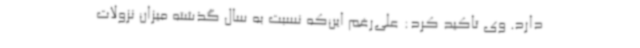
دارد. وی تاکید کرد: علی‌رغم این‌که نسبت به سال گذشته میزان نزولات